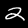
Label: 2